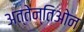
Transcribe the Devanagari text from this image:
अत्तेन्तिओन